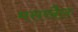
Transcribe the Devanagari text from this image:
मसखैल